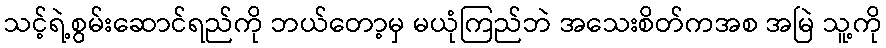
သင့်ရဲ့စွမ်းဆောင်ရည်ကို ဘယ်တော့မှ မယုံကြည်ဘဲ အသေးစိတ်ကအစ အမြဲ သူ့ကို